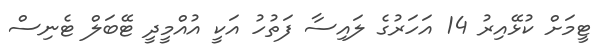
ޓީމަށް ކުޅޭއިރު 14 އަހަރުގެ ލައިސާ ފަތުހު އަކީ އުއްމީދީ ޓޭބަލް ޓެނިސް